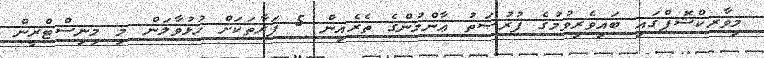
މިވާރކްޝޮޕްގައި ބައިވެރިވުމުގެ ފުރުޞަތު ޢާންމުންގެ ތެރެއިން 5 ފަރާތަކަށް ހުޅުވާލަން މި މިނިސްޓްރީން